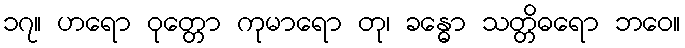
၁၇။ ဟရော ဝုတ္တော ကုမာရော တု၊ ခန္ဓော သတ္တိဓရော ဘဝေ။